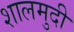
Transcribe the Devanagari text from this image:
शालमुदी